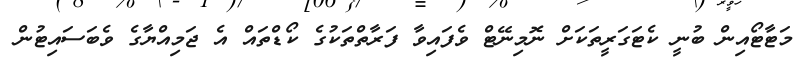
މަޓާޓޯއިން ބުނީ ކެޓަގަރީތަކަށް ނޮމިނޭޓް ވެފައިވާ ފަރާތްތަކުގެ ކޯޑްތައް އެ ޖަމިއްޔާގެ ވެބަސައިޓުން